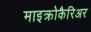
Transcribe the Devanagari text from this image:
माइक्रोकैरिअर